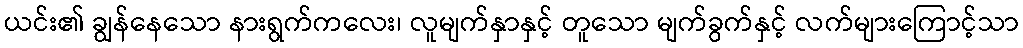
ယင်း၏ ချွန်နေသော နားရွက်ကလေး၊ လူမျက်နှာနှင့် တူသော မျက်ခွက်နှင့် လက်များကြောင့်သာ